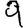
Digit: 9